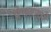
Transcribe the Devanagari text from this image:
प्रेमतत्वों